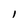
Character: l